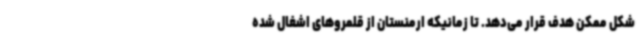
شکل ممکن هدف قرار می‌دهد. تا زمانیکه ارمنستان از قلمروهای اشغال شده